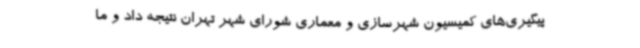
پیگیری‌های کمیسیون شهرسازی و معماری شورای شهر تهران نتیجه داد و ما